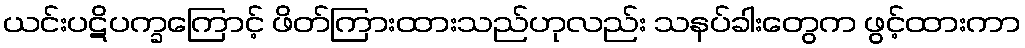
ယင်းပဋိပက္ခကြောင့် ဖိတ်ကြားထားသည်ဟုလည်း သနပ်ခါးတွေက ဖွင့်ထားကာ